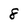
Character: 8